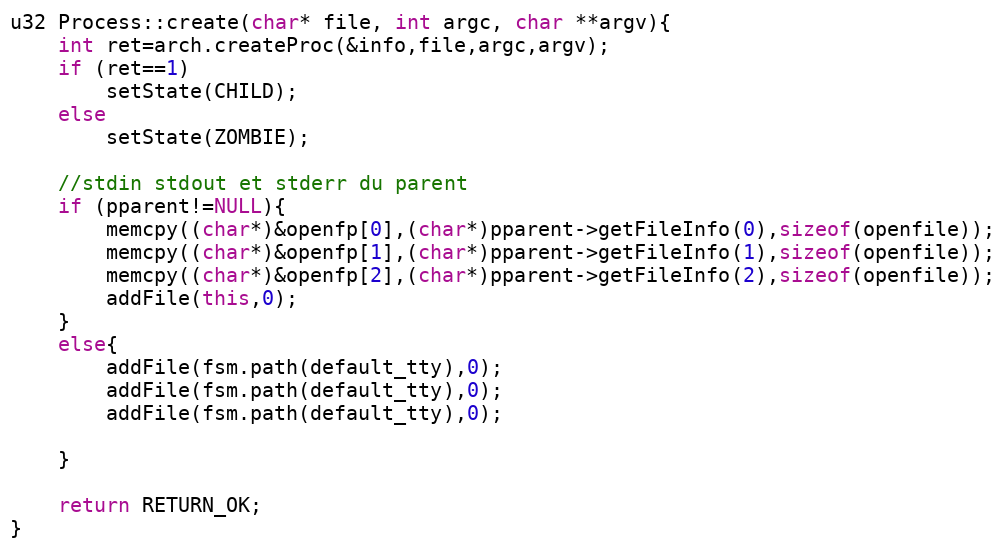
Language: C++
u32 Process::create(char* file, int argc, char **argv){
	int ret=arch.createProc(&info,file,argc,argv);
	if (ret==1)
		setState(CHILD);
	else
		setState(ZOMBIE);

	//stdin stdout et stderr du parent
	if (pparent!=NULL){
		memcpy((char*)&openfp[0],(char*)pparent->getFileInfo(0),sizeof(openfile));
		memcpy((char*)&openfp[1],(char*)pparent->getFileInfo(1),sizeof(openfile));
		memcpy((char*)&openfp[2],(char*)pparent->getFileInfo(2),sizeof(openfile));
		addFile(this,0);
	}
	else{
		addFile(fsm.path(default_tty),0);
		addFile(fsm.path(default_tty),0);
		addFile(fsm.path(default_tty),0);

	}

	return RETURN_OK;
}